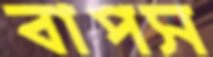
বাপস